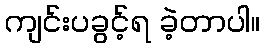
ကျင်းပခွင့်ရ ခဲ့တာပါ။